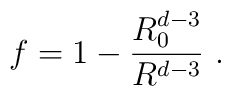
f = 1 - \frac{R_0^{d-3}}{R^{d-3}} \ .